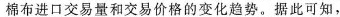
棉布进口交易量和交易价格的变化趋势。据此可知，